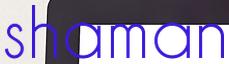
shaman